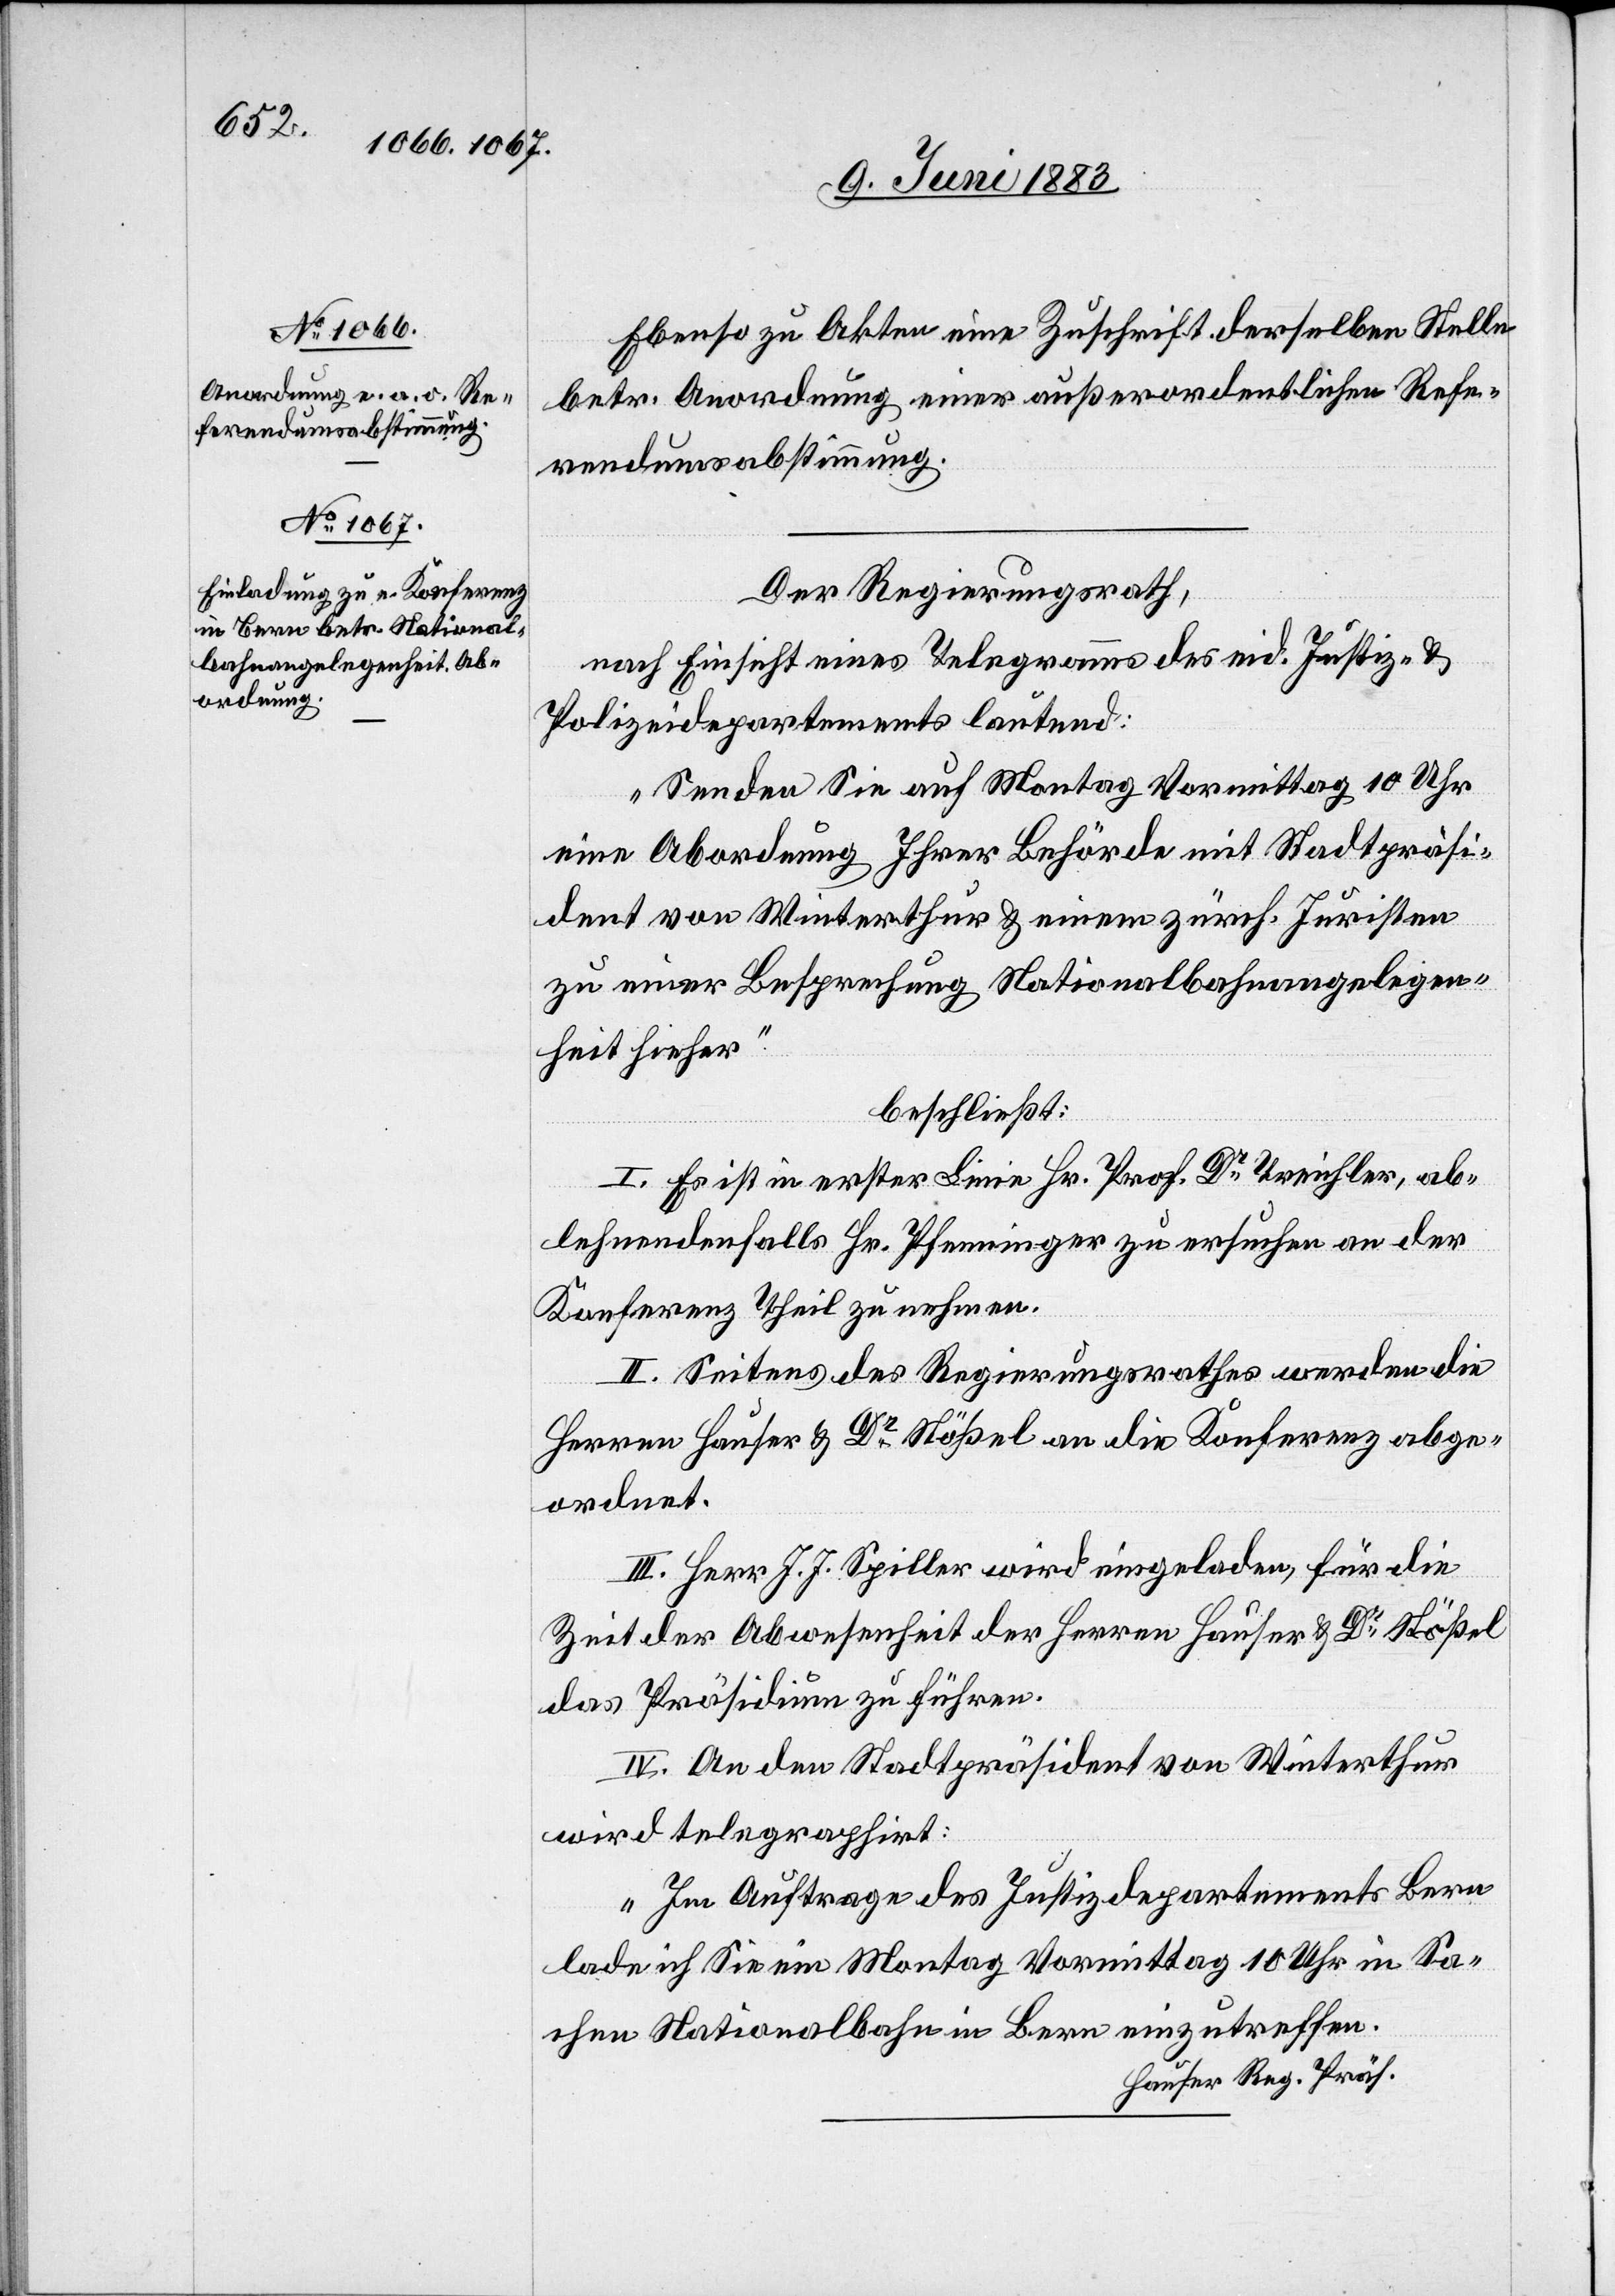
Ebenso zu Akten eine Zuschrift derselben Stelle
betr. Anordnung einer außerordentlichen Refe¬
rendumsabstimmung.
Der Regierungsrath,
nach Einsicht eines Telegramms des eid. Justiz- &
Polizeidepartements lautend:
„Senden Sie auf Montag Vormittag 10 Uhr
eine Abordnung Ihrer Behörde mit Stadtpräsi¬
dent von Winterthur & einem zürch. Juristen
zu einer Besprechung Nationalbahnangelegen¬
heit hieher“.
beschließt:
I. Es ist in erster Linie Hr. Prof. Dr Treichler, ab¬
lehnendenfalls Hr. Pfenninger zu ersuchen an der
Konferenz Theil zu nehmen.
II. Seitens des Regierungsrathes werden die
Herren Hauser & Dr Stößel an die Konferenz abge¬
ordnet.
III. Herr J. J. Spiller wird eingeladen, für die
Zeit der Abwesenheit der Herren Hauser & Dr Stößel
das Präsidium zu führen.
IV. An den Stadtpräsident von Winterthur
wird telegraphirt:
„Im Auftrage des Justizdepartements Bern
lade ich Sie ein Montag Vormittag 10 Uhr in Sa¬
chen Nationalbahn in Bern einzutreffen.[“]
Hauser Reg. Präs.